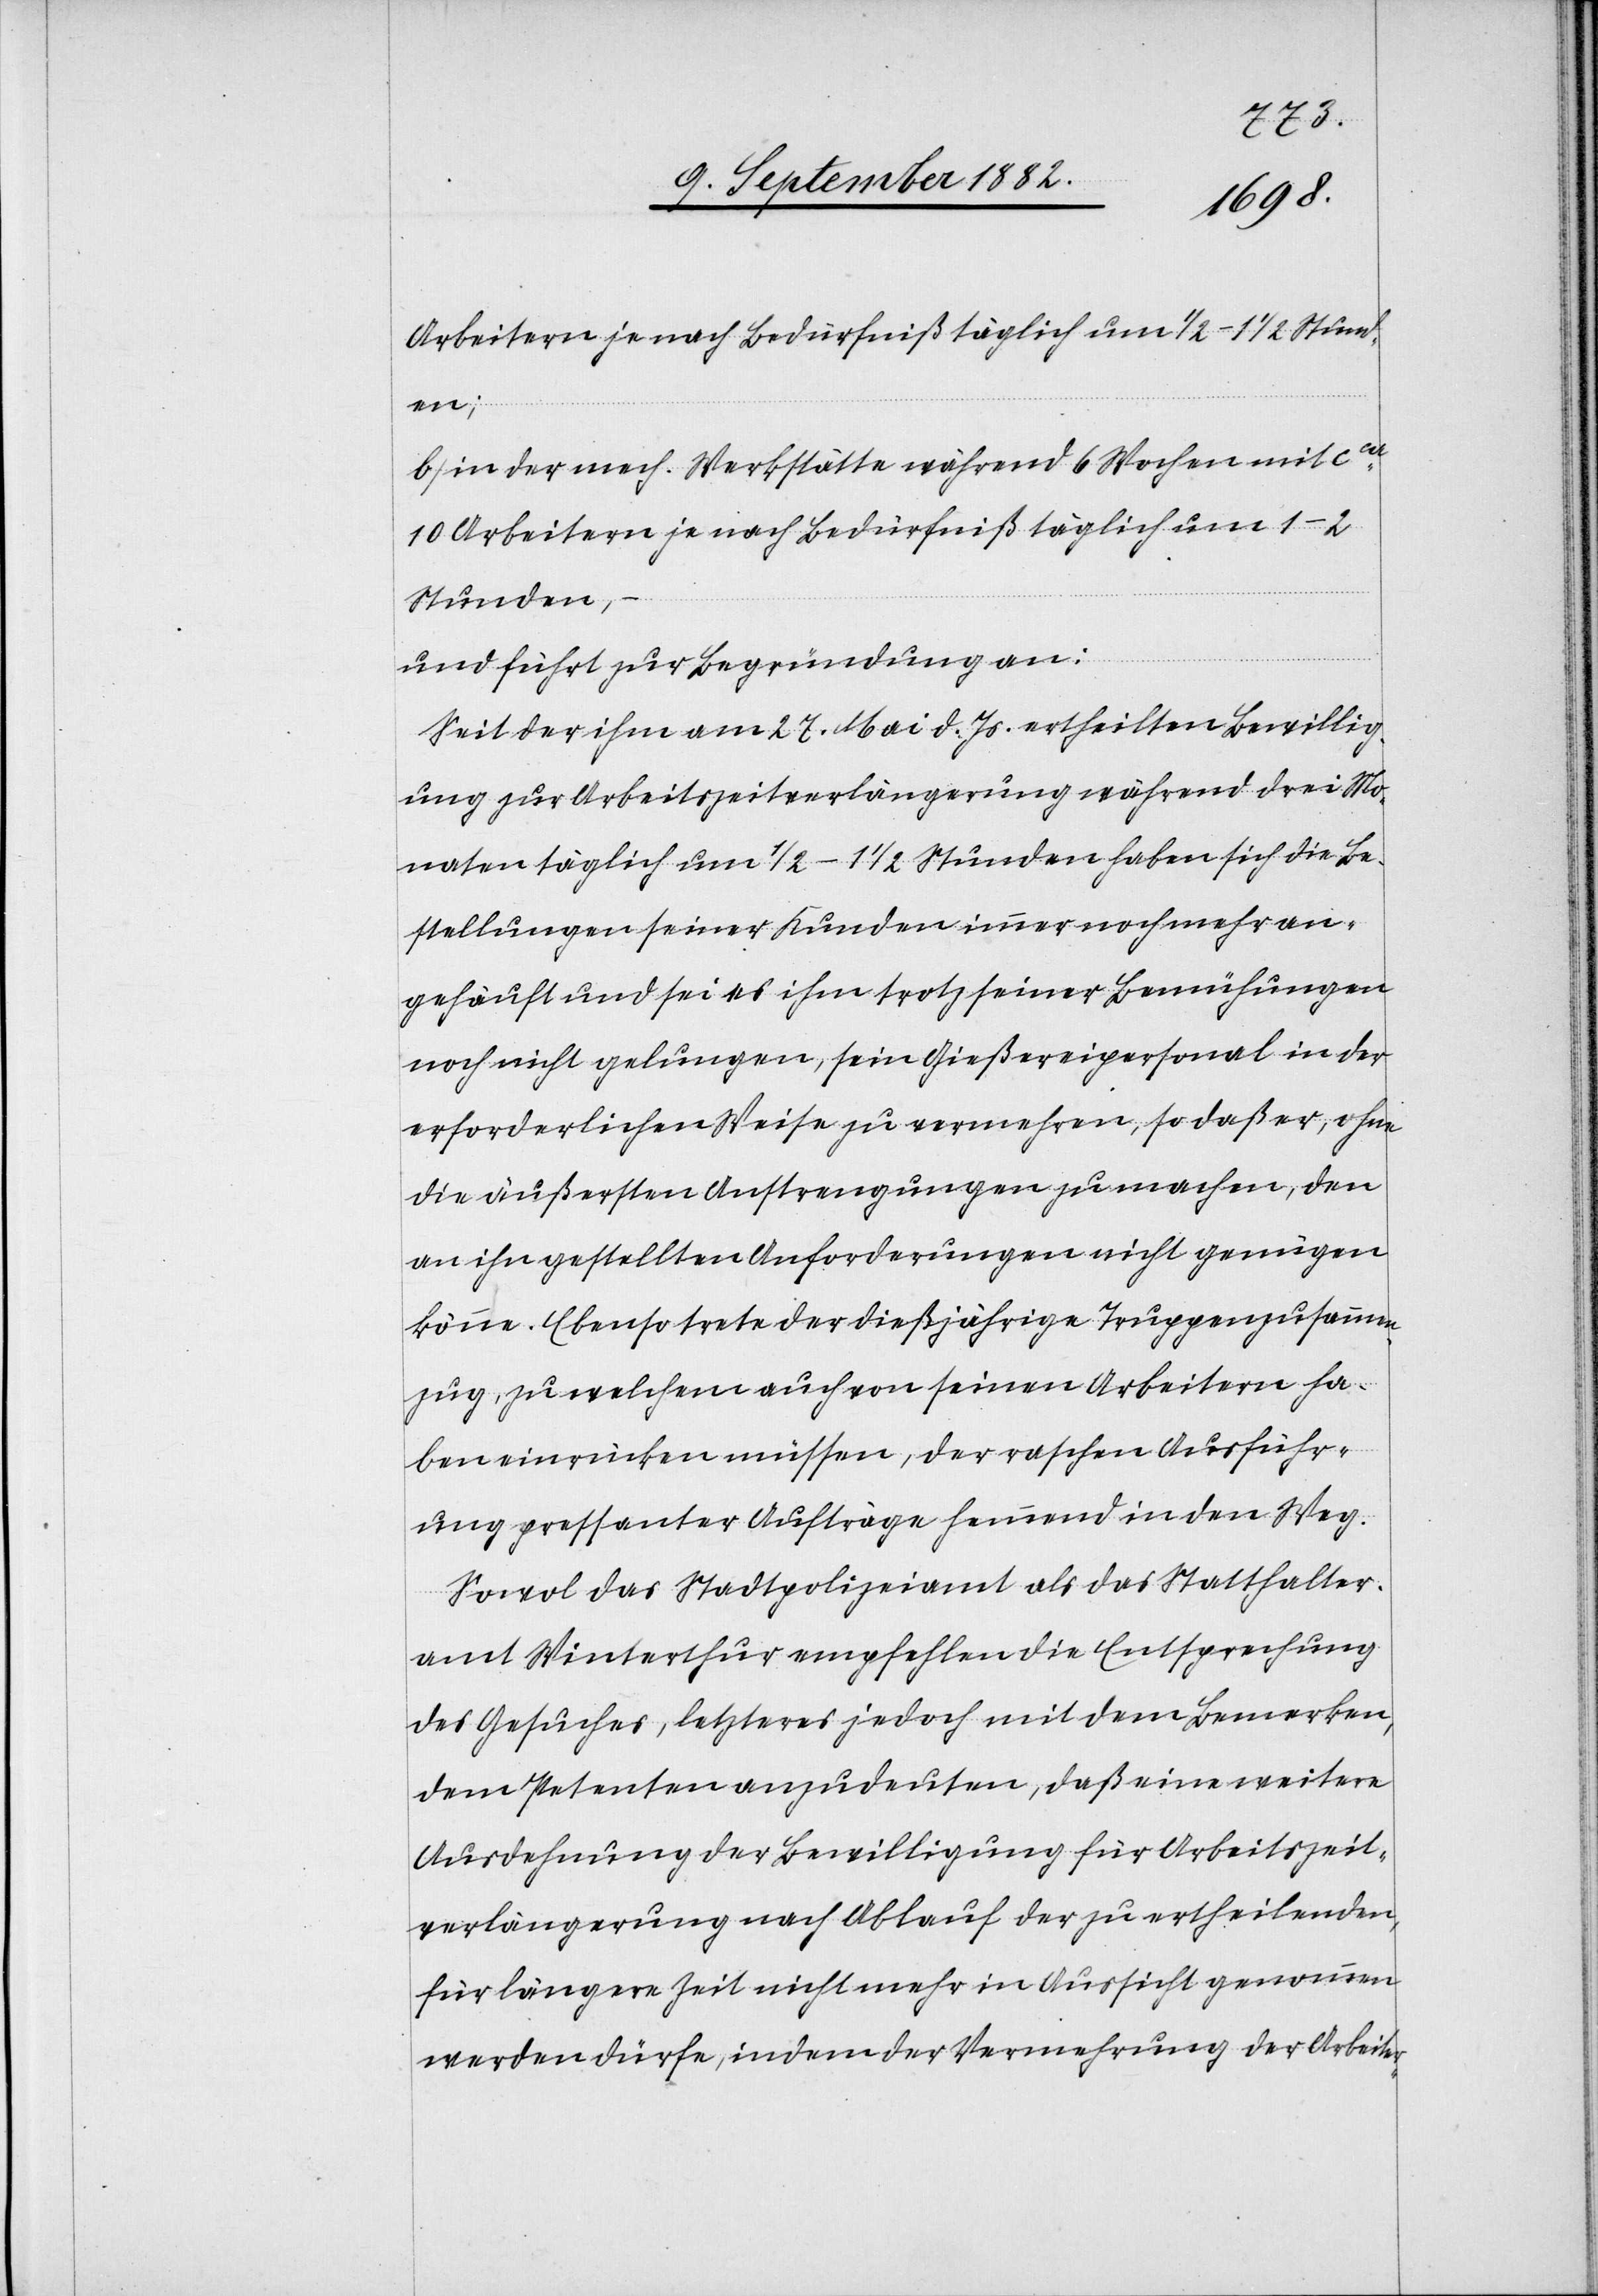
b) in der mech. Werkstätte während 6 Wochen mit ca
10 Arbeitern je nach Bedürfniß täglich um 1–2
Stunden,
–
und führt zur Begründung an:
Seit der ihm am 27. Mai d. Js. ertheilten Bewillig¬
ung zur Arbeitszeitverlängerung während drei Mo¬
naten täglich um 1/2–1 1/2 Stunden haben sich die Be¬
stellungen seiner Kunden immer noch mehr an¬
gehäuft und sei es ihm trotz seiner Bemühungen
noch nicht gelungen, sein Gießereipersonal in der
erforderlichen Weise zu vermehren, so daß er, ohne
die äußersten Anstrengungen zu machen, den
an ihn gestellten Anforderungen nicht genügen
könne. Ebenso trete der dießjährige Truppenzusammen¬
zug, zu welchem auch von seinen Arbeitern ha¬
ben einrücken müssen, der raschen Ausführ¬
ung pressanter Aufträge hemmend en den Weg.
Sowol das Stadtpolizeiamt als das Statthalter¬
amt Winterthur empfehlen die Entsprechung
des Gesuches, letzteres jedoch mit dem Bemerken,
dem Petenten anzudeuten, daß eine weitere
Ausdehnung der Bewilligung für Arbeitszeit¬
verlängerung nach Ablauf des zu ertheilenden
für längere Zeit nicht mehr in Aussicht genommen
werden dürfe, indem der Vermehrung der Arbeiter-